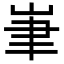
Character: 𡷏